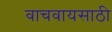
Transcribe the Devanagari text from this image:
वाचवायसाठी